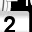
Digit: 2